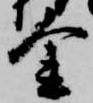
金